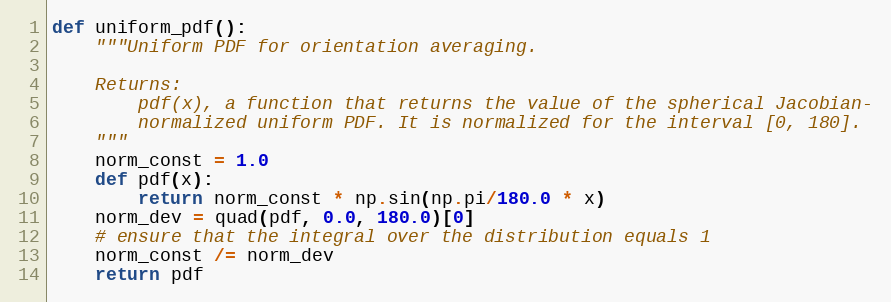
Language: Python
def uniform_pdf():
    """Uniform PDF for orientation averaging.

    Returns:
        pdf(x), a function that returns the value of the spherical Jacobian-
        normalized uniform PDF. It is normalized for the interval [0, 180].
    """
    norm_const = 1.0
    def pdf(x):
        return norm_const * np.sin(np.pi/180.0 * x)
    norm_dev = quad(pdf, 0.0, 180.0)[0]
    # ensure that the integral over the distribution equals 1
    norm_const /= norm_dev
    return pdf